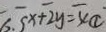
x + 2 y = 4 \textcircled { 1 }